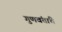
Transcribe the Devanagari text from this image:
गुणवंतांचे